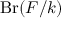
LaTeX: \operatorname { B r } ( F / k )